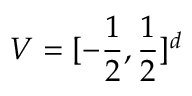
V = [ - \frac 1 2 , \frac 1 2 ] ^ { d }